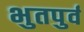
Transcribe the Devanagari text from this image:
भुतपुर्व